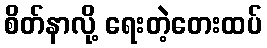
စိတ်နာလို့ ရေးတဲ့တေးထပ်